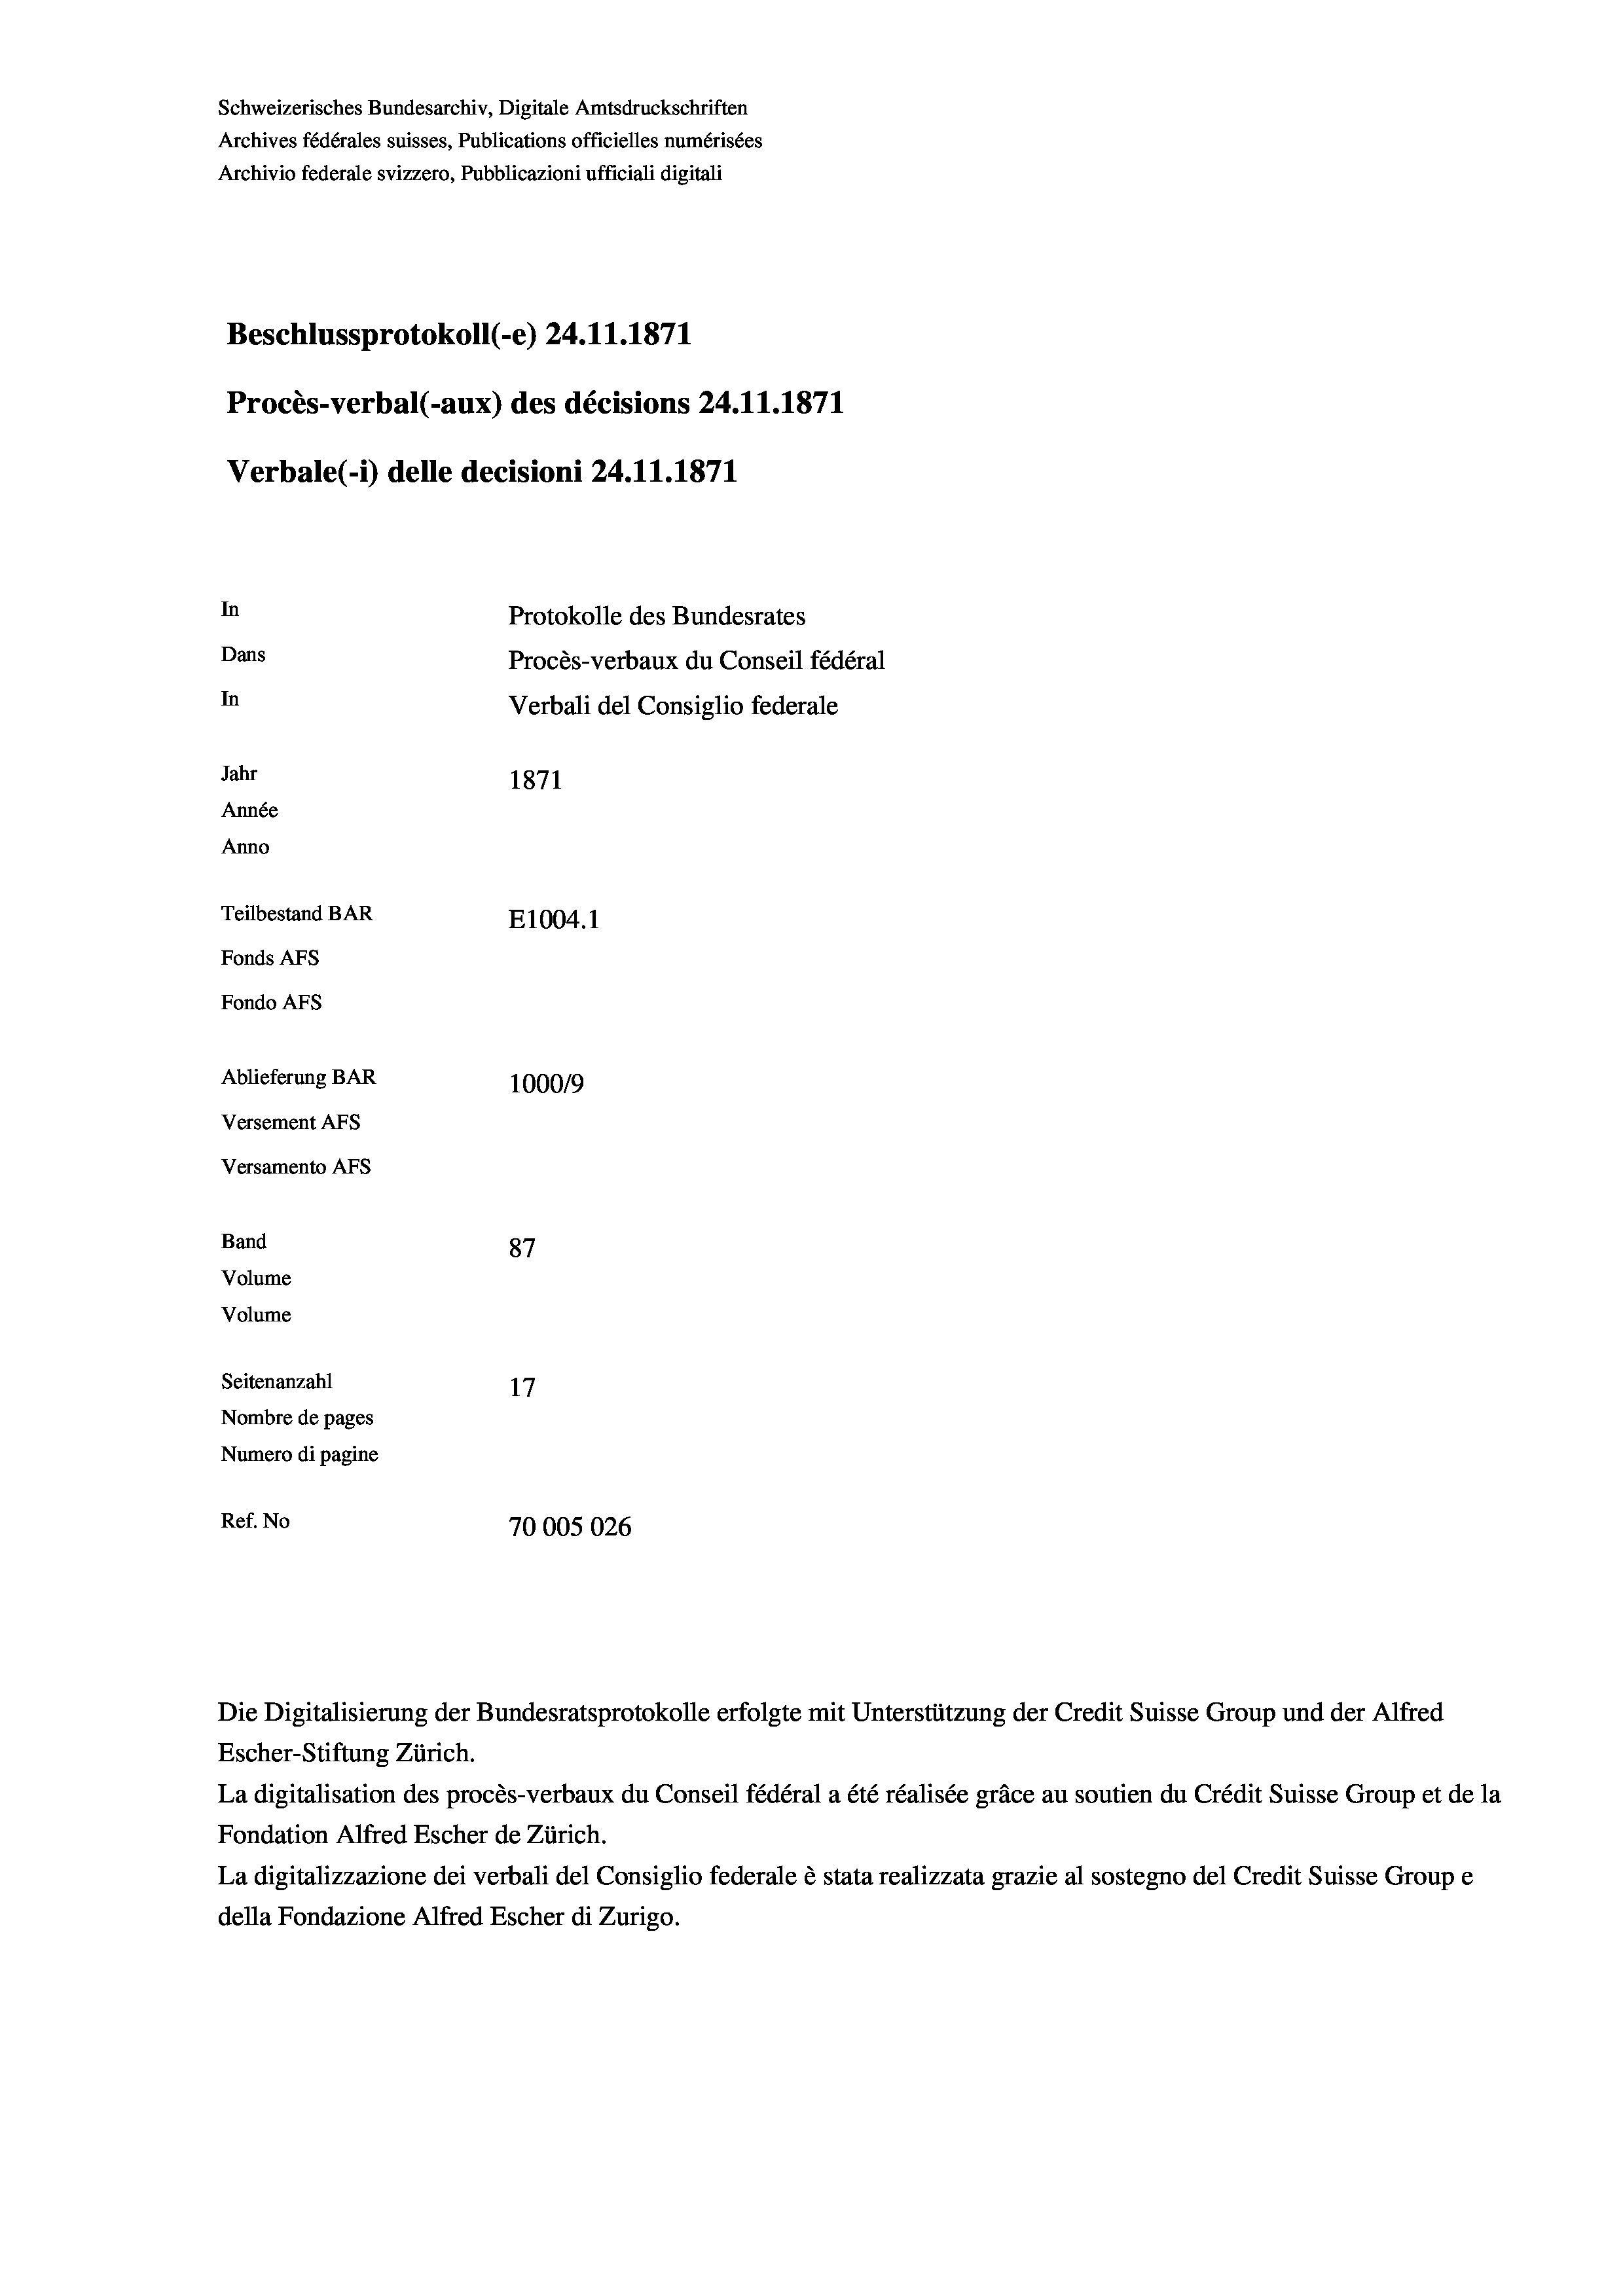
Schweizerisches Bundesarchiv, Digitale Amtsdruckschriften
Archives fédérales suisses, Publications officielles numérisées
Archivio federale svizzero, Pubblicazioni ufficiali digitali
Beschlussprotokoll (-e) 24.11.1871
Procès-verbal (-aux) des décisions 24.11.1871
Verbale (- 1) delle decisioni 24.11.1871
In
Protokolle des Bundesrates
Dans
Procès-verbaux du Conseil fédéral
In
Verbali del Consiglio federale
Jahr
1871
Année
Anno
Teilbestand BAR
E1004. 1
Fonds AFs
Fondo AFs
Ablieferung BAR
1000/9
Versement Abs
Versamento Afs
Band
87
Volume
Volume

Seitenanzahl
17
Nombre de pages
Numero di pagine
Ref. No
70005026

Escher-Stiftung Zürich.
La digitalisation des procès-verbaux du Conseil fédéral a été réalisée gräce au soutien du Crédit Suisse Group et de la
Fondation Alfred Escher de Zürich.
La digitalizzazione dei verbali del Consiglio federale è stata realizzata grazie al sostegno del Credit Suisse Groupe
della Fondazione Alfred Escher di Zurigo.

Die Digitalisierung der Bundesratsprotokolle erfolgte mit Unterstützung der Credit Suisse Group und der Alfred